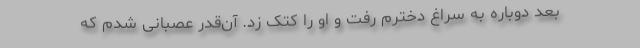
بعد دوباره به سراغ دخترم رفت و او را کتک زد. آن‌قدر عصبانی شدم که